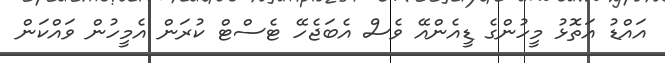
އައްޑު އަތޮޅު މީހުންގެ ޑީއެންއޭ ވެސް އެބަޖެހޭ ޓެސްޓް ކުރަން އެމީހުން ވައްކަން